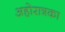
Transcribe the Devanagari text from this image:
अहोरात्रका